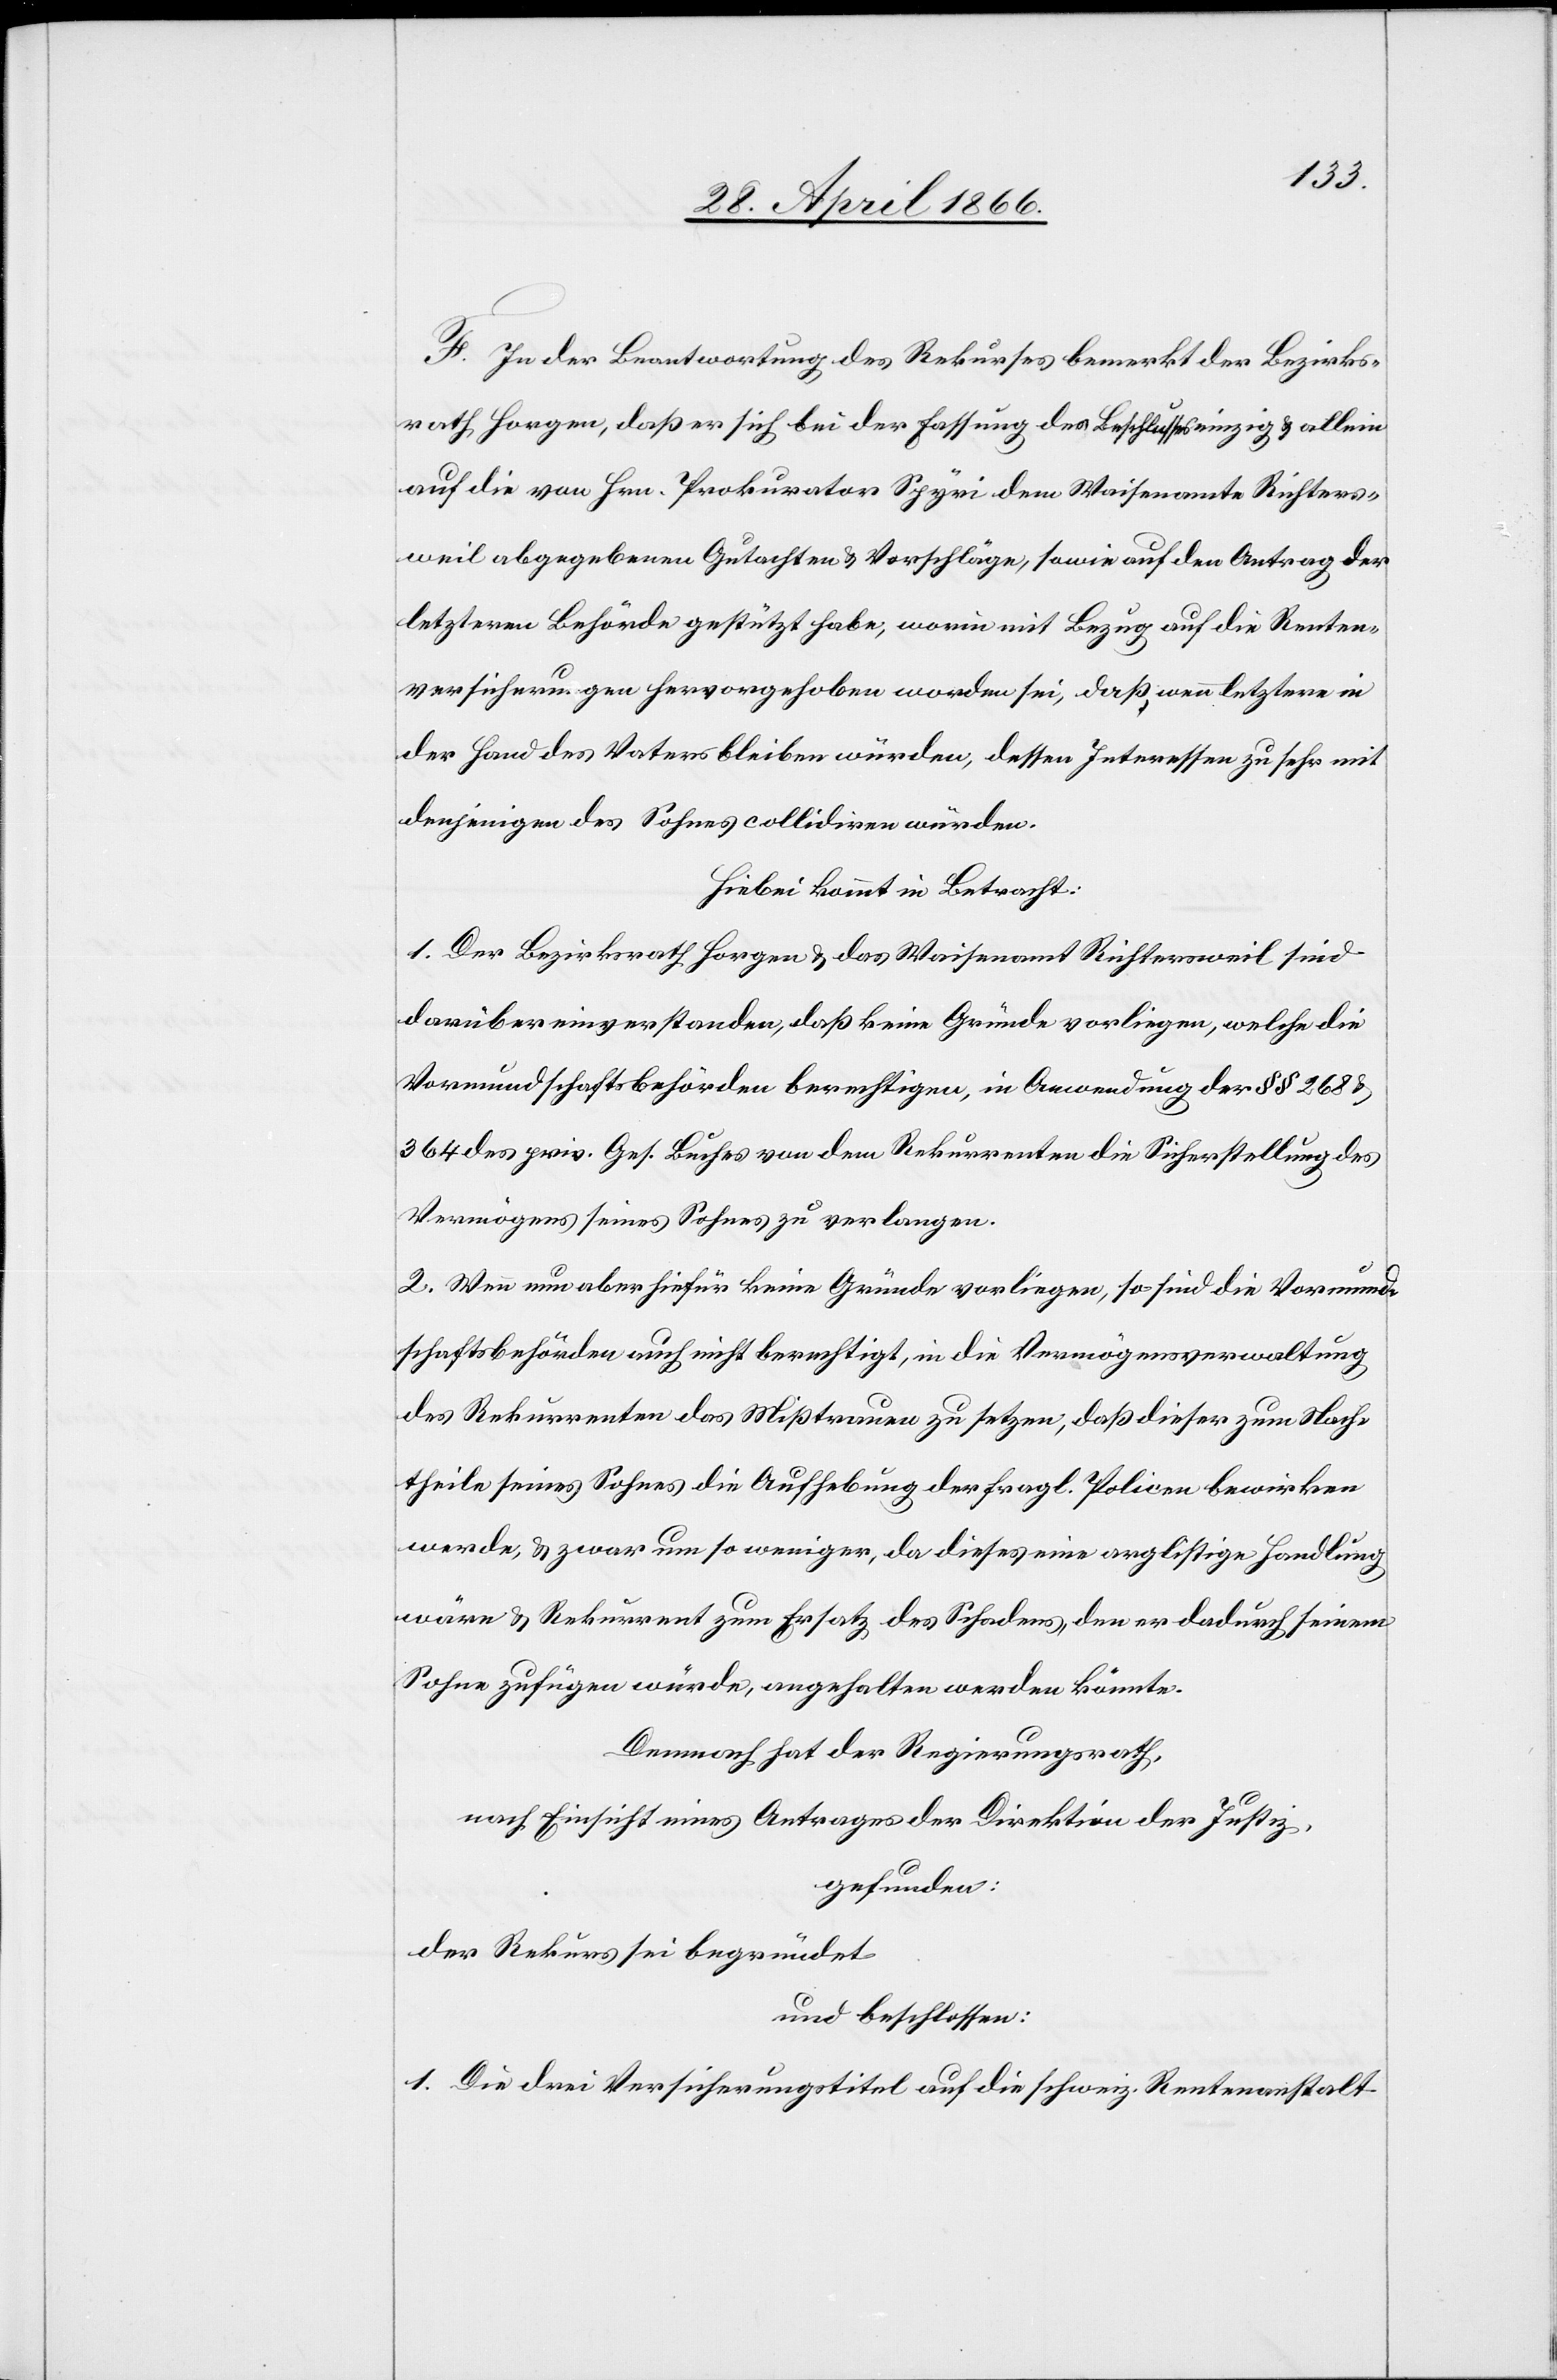
E.] In der Beantwortung des Rekurses bemerkt der Bezirks¬
rath Horgen, daß er sich bei der Fassung des Beschlusses einzig u. allein
auf die von Hrn. Prokurator Spyri dem Waisenamte Richters¬
weil abgegebenen Gutachten u. Vorschläge, sowie auf den Antrag der
letztern Behörde gestützt habe, worin mit Bezug auf die Renten¬
versicherungen hervorgehoben worden sei, daß wenn letzter in
der Hand des Vaters bleiben würden, dessen Interessen zu sehr mit
denjenigen des Sohnes collidiren würden.
Hiebei kommt in Betracht:
1. Der Bezirksrath Horgen u. das Waisenamt Richtersweil sind
darüber einverstanden, daß keine Gründe vorliegen, welche die
Vormundschaftsbehörden berechtigen, in Anwendung der § § 268 u.
364 des priv. Ges. Buches von dem Rekurrenten die Sicherstellung des
Vermögens seines Sohnes zu verlangen.
2. Wenn nun aber hiefür keine Gründe vorliegen, so sind die Vormund¬
schaftsbehörden auch nicht berechtigt, in die Vermögensverwaltung
des Rekurrenten das Mißtrauen zu setzen, daß dieser zum Nach¬
theile seines Sohnes die Aufhebung der fragl. Policen bewirken
werde, u. zwar um so weniger, da dieses eine arglistige Handlung
wäre u. Rekurrent zum Ersatz des Schadens, den er dadurch seinem
Sohn zufügen würde, angehalten werden könnte.
Demnach hat der Regierungsrath,
nach Einsicht eines Antrages der Direktion der Justiz,
gefunden:
der Rekurs sei begründet
und beschlossen:
1. Die drei Versicherungstitel auf die schweiz. Rentenanstalt